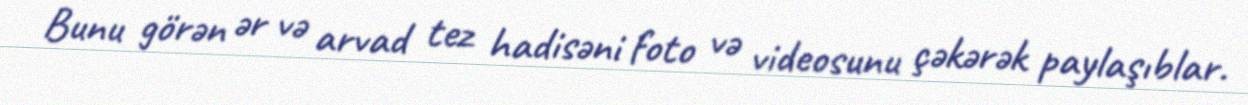
Bunu görən ər və arvad tez hadisəni foto və videosunu çəkərək paylaşıblar.